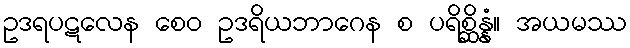
ဥဒရပဋလေန စေဝ ဥဒရိယဘာဂေန စ ပရိစ္ဆိန္နံ။ အယမဿ